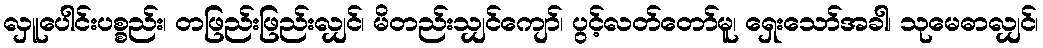
လှူပေါင်းပစ္စည်း၊ တဖြည်းဖြည်းလျှင်၊ မိတည်းသျှင်ကျော်၊ ပွင့်လတ်တော်မူ၊ ရှေးသော်အခါ၊ သုမေဓာလျှင်၊